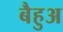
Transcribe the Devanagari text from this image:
बैहुअ